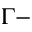
\Gamma -